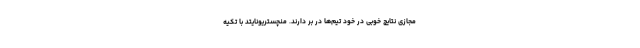
مجازی نتایج خوبی در خود تیم‌ها در بر دارند. منچستریونایتد با تکیه